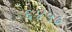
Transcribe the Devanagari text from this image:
६४५७